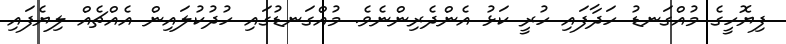
ފިޔޮހީގެ މުއްގަނޑު ހަދާފައި ހުރީ ކަޅު އެންދެރިންނެވެ. މުއްގަނޑުގައި ހުދުކުލައިން އެއްޗެއް ލިޔެފައި